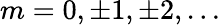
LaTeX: m=0,\pm 1,\pm 2,\ldots